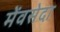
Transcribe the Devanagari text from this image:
मेंवसेदा